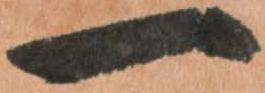
一